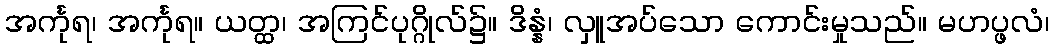
အင်္ကုရ၊ အင်္ကုရ။ ယတ္ထ၊ အကြင်ပုဂ္ဂိုလ်၌။ ဒိန္နံ၊ လှူအပ်သော ကောင်းမှုသည်။ မဟပ္ဖလံ၊